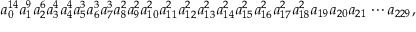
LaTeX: a _ { 0 } ^ { 1 4 } a _ { 1 } ^ { 9 } a _ { 2 } ^ { 6 } a _ { 3 } ^ { 4 } a _ { 4 } ^ { 4 } a _ { 5 } ^ { 3 } a _ { 6 } ^ { 3 } a _ { 7 } ^ { 3 } a _ { 8 } ^ { 2 } a _ { 9 } ^ { 2 } a _ { 1 0 } ^ { 2 } a _ { 1 1 } ^ { 2 } a _ { 1 2 } ^ { 2 } a _ { 1 3 } ^ { 2 } a _ { 1 4 } ^ { 2 } a _ { 1 5 } ^ { 2 } a _ { 1 6 } ^ { 2 } a _ { 1 7 } ^ { 2 } a _ { 1 8 } ^ { 2 } a _ { 1 9 } a _ { 2 0 } a _ { 2 1 } \cdots a _ { 2 2 9 } ,